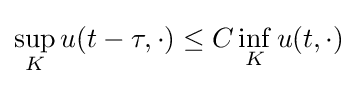
\sup _{K}u(t-\tau ,\cdot )\leq C\inf _{K}u(t,\cdot )